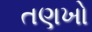
તણખો